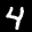
Label: 4